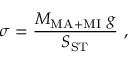
\sigma = \frac { M _ { \mathrm { M A + M I } } ~ g } { S _ { \mathrm { S T } } } ~ ,